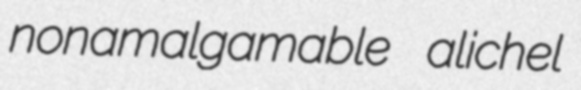
nonamalgamable alichel